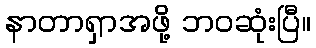
နာတာရှာအဖို့ ဘဝဆုံးပြီ။